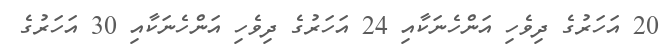
20 އަހަރުގެ ދިވެހި އަންހެނަކާއި 24 އަހަރުގެ ދިވެހި އަންހެނަކާއި 30 އަހަރުގެ